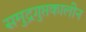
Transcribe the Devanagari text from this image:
समुद्रगुप्तकालीन